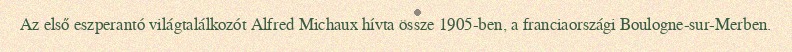
Az első eszperantó világtalálkozót Alfred Michaux hívta össze 1905-ben, a franciaországi Boulogne-sur-Merben.